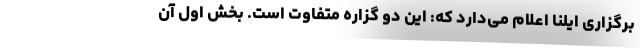
برگزاری ایلنا اعلام می‌دارد که: این دو گزاره متفاوت است. بخش اول آن